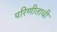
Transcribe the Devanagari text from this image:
परिणीताची